Plague in India, 1896, 1897 - Volume 1
Year: 1896
Disease focus: Plague
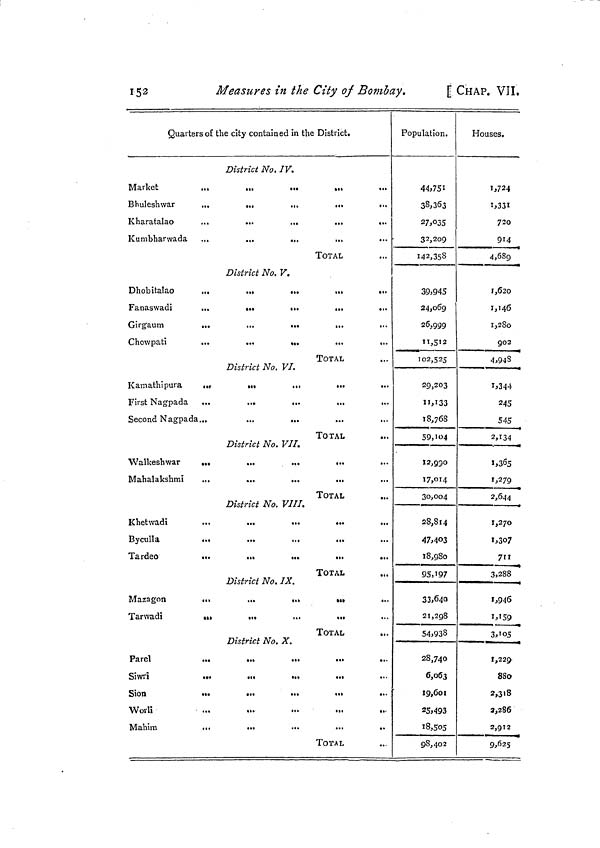
152
Measures in ¿he City of Bombay.
[CHAP. VII.
Quarters of the city contained in the District.
District No. IV.
Market
..,
...
...
...
Bhuleshwar
...
...
...
...
...
Kharatalao
...
...
...
...
...
Kumbharwada ...
...
...
...
...
TOTAL
District No. V.
Dhobitalao
...
...
...
...
...
Fanaswadi
...
...
...
...
...
Girgaum
...
...
...
...
Chowpati
...
...
...
...
...
TOTAL
District No. VI.
Kamathipura
...
...
...
...
First Nagpada
...
...
...
...
...
Second Nagpada...
...
...
TOTAL
District No. VII.
Walkeshwar
...
...
...
...
...
Mahalakshmi
.,.
...
...
...
TOTAL
District No. VIII.
Khetwadi
...
...
...
...
...
Byculla
...
...
...
...
Tardeo
...
...
...
...
...
TOTAL
District No. IX.
Mazagon
...
...
...
...
...
Tarwadi
...
...
...
...
TOTAL
District No. X.
Parel
...
...
Siwri
...
...
...
...
Sion
...
...
».
...
...
Worli
Mahim
...
...
•••
...
..
TOTAL
Population.
44,751
38,363
27,035
32,209
142,358
39,945
24,069
26,999
11,512
102,525
29,203
11,133
18,768
59,104
12,930
17,014
30,004
28,814
47,403
18,980
95,197
33,640
21,298
54,938
28,740
6,063
19,601
25,493
18,505
98,402
Houses.
1,724
1,331
720
914
4,689
1,620
1,146
1,280
902
4,948
1,344
245
545
2,134
1,365
1,279
2,644
1,270
1,307
711
3,288
1,946
1,159
3,105
1,229
880
2,318
a,28&
2,912
9,625